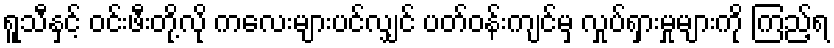
ရူသီနှင့် ဝင်းဖီးတို့လို ကလေးများပင်လျှင် ပတ်ဝန်းကျင်မှ လှုပ်ရှားမှုများကို ကြည့်ရ